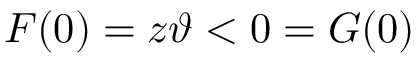
F ( 0 ) = z \vartheta < 0 = G ( 0 )